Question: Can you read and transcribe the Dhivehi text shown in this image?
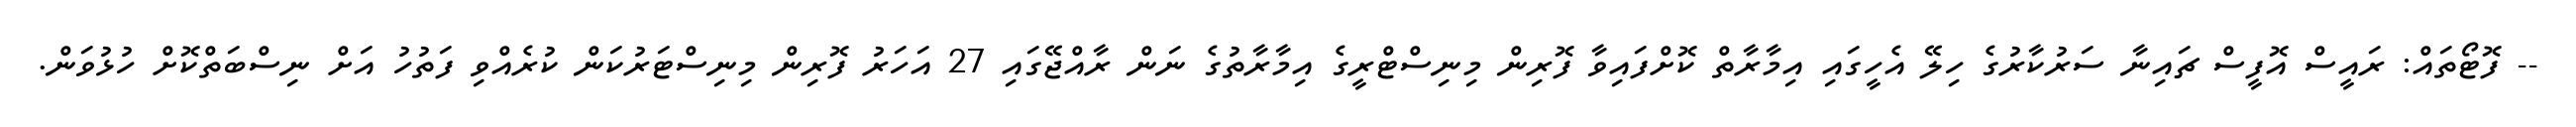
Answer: -- ފޮޓޯތައް: ރައީސް އޮފީސް ޗައިނާ ސަރުކާރުގެ ހިލޭ އެހީގައި އިމާރާތް ކޮށްފައިވާ ފޮރިން މިނިސްޓްރީގެ އިމާރާތުގެ ނަން ރާއްޖޭގައި 27 އަހަރު ފޮރިން މިނިސްޓަރުކަން ކުރެއްވި ފަތުހު އަށް ނިސްބަތްކޮށް ހުޅުވަން.